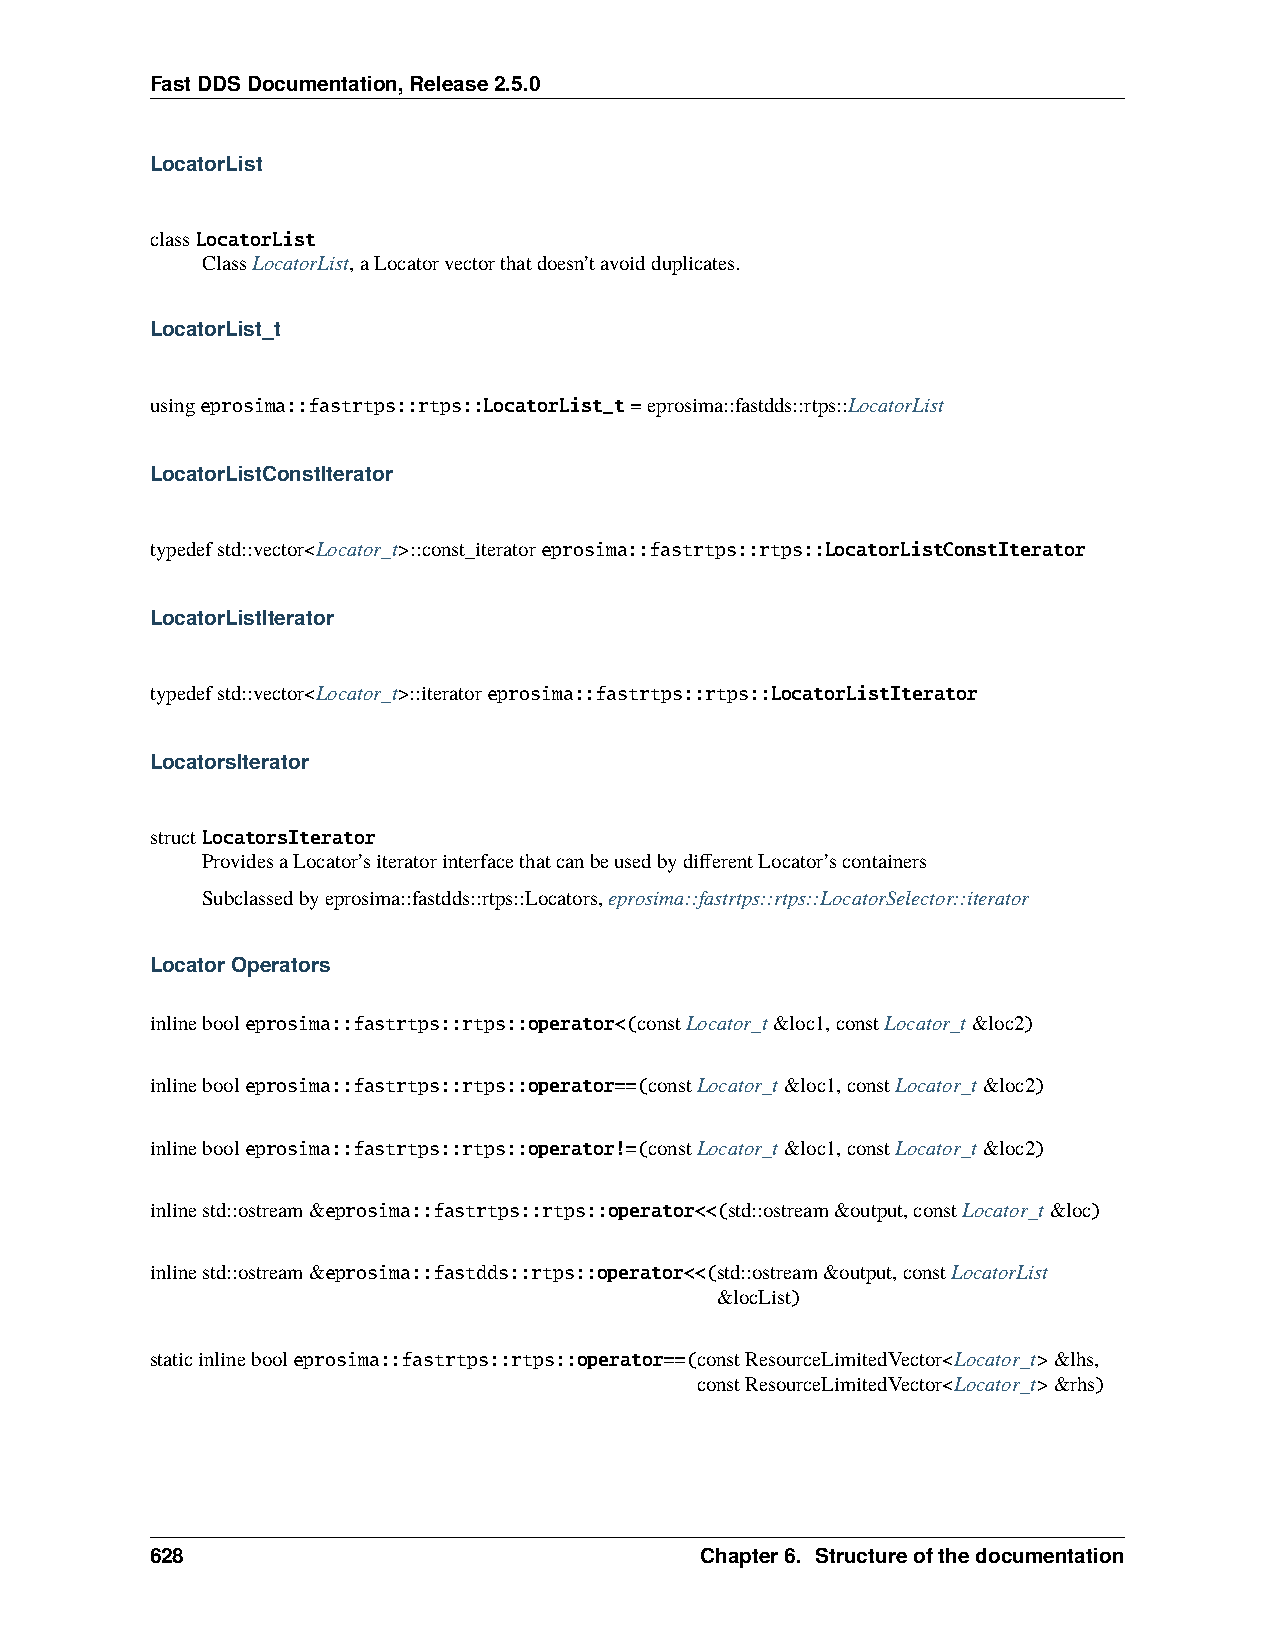
FastDDSDocumentation,Release2.5.0
 LocatorList
 classLocatorList
 ClassLocatorList,aLocatorvectorthatdoesn’tavoidduplicates.
 LocatorList_t
 usingeprosima::fastrtps::rtps::LocatorList_t=eprosima::fastdds::rtps::LocatorList
 LocatorListConstIterator
 typedefstd::vector<Locator_t>::const_iteratoreprosima::fastrtps::rtps::LocatorListConstIterator
 LocatorListIterator
 typedefstd::vector<Locator_t>::iteratoreprosima::fastrtps::rtps::LocatorListIterator
 LocatorsIterator
 structLocatorsIterator
 ProvidesaLocator’siteratorinterfacethatcanbeusedbydifferentLocator’scontainers
 Subclassedbyeprosima::fastdds::rtps::Locators,eprosima::fastrtps::rtps::LocatorSelector::iterator
 LocatorOperators
 inlinebooleprosima::fastrtps::rtps::operator<(constLocator_t&loc1,constLocator_t&loc2)
 inlinebooleprosima::fastrtps::rtps::operator==(constLocator_t&loc1,constLocator_t&loc2)
 inlinebooleprosima::fastrtps::rtps::operator!=(constLocator_t&loc1,constLocator_t&loc2)
 inlinestd::ostream&eprosima::fastrtps::rtps::operator<<(std::ostream&output,constLocator_t&loc)
 inlinestd::ostream&eprosima::fastdds::rtps::operator<<(std::ostream&output,constLocatorList
 &locList)
 staticinlinebooleprosima::fastrtps::rtps::operator==(constResourceLimitedVector<Locator_t>&lhs,
 constResourceLimitedVector<Locator_t>&rhs)
 628                                 Chapter6. Structureofthedocumentation